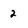
Character: 2